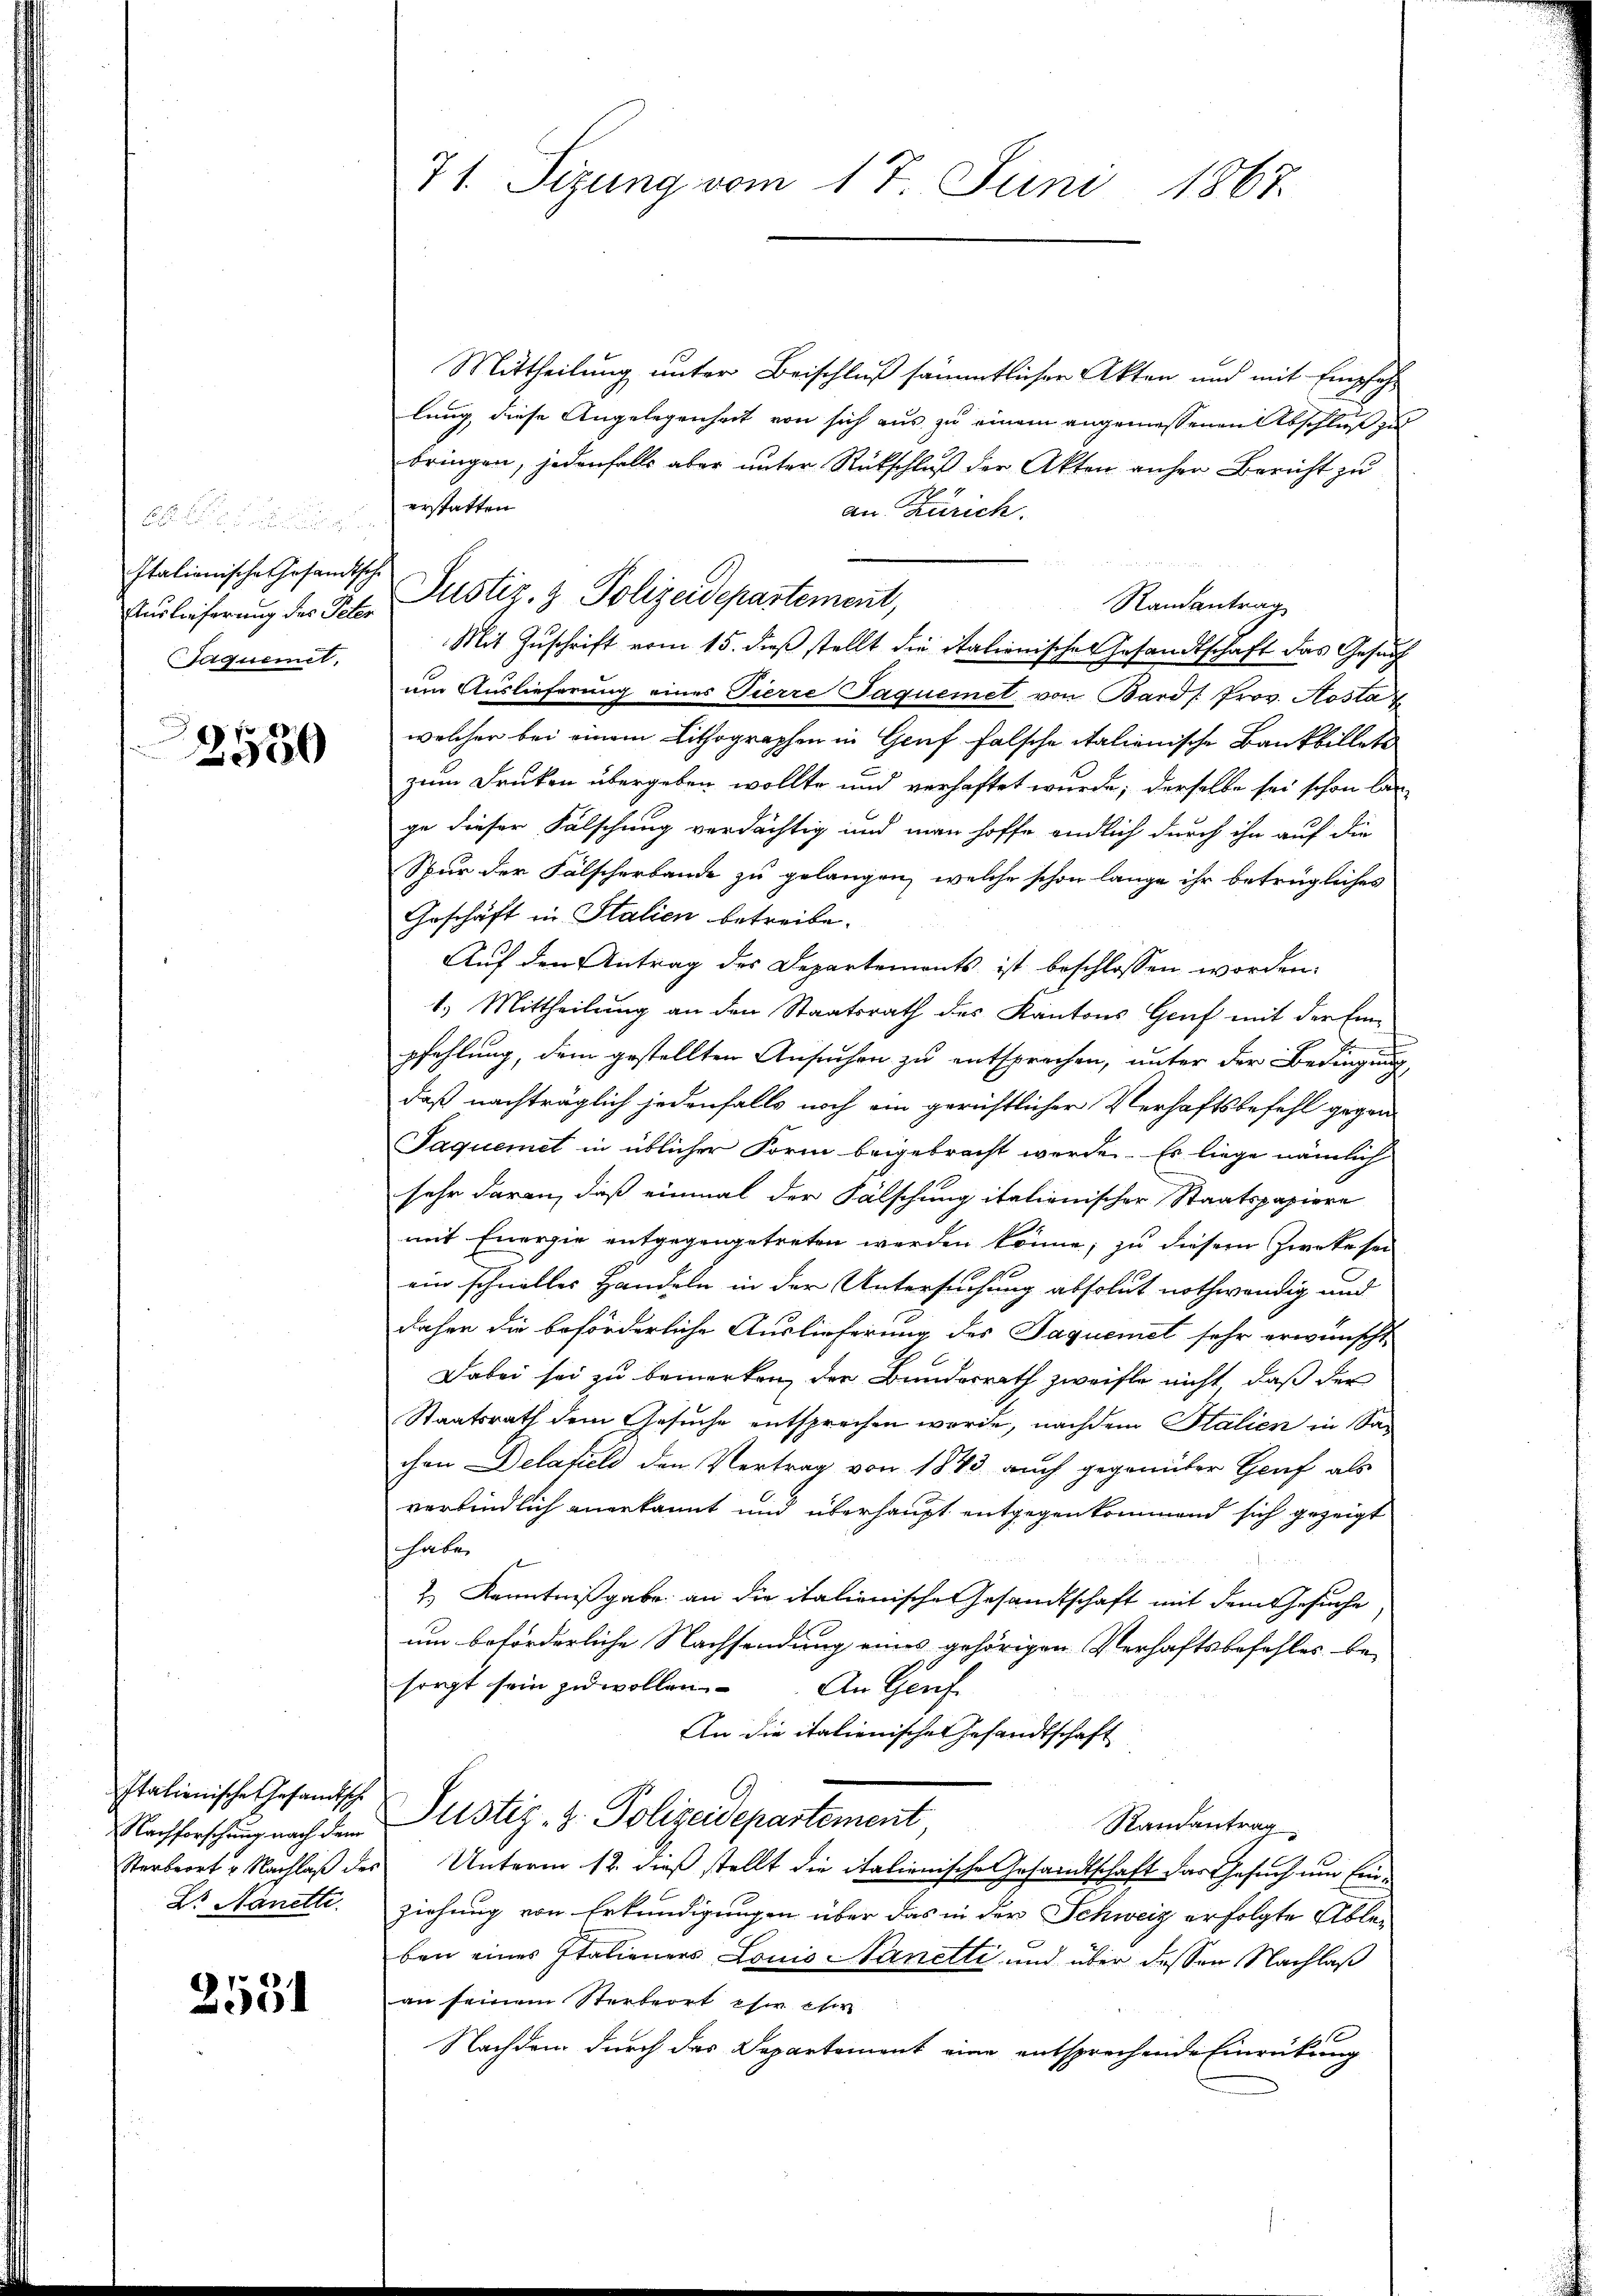
Italienische Gesandtsche
Taquemet.

2550

Italienische Gesandtsch
Dr. Nanette.

2531

71. Sizung vom 17. Juni 1867.

Mittheilung unter Beischluß sämmtlicher Akten und mit Empfehlung, diese Angelegenheit von sich aus zu einem angemessenen Abschluß zu
bringen, jedenfalls aber unter Rückschluß der Akten anher Bericht zu
erstatten
an Zürich.
Randantrag
Mit Zuschrift vom 15. dieß stellt die italienische Gesandtschaft das Gesuch
um Auslieferung eines Tierre Jaquemet von Bard/Prov. Kosta
welcher bei einem Lithographen in Genf falsche italienische Bankbillete
zum Druken übergeben wollte und verhaftet wurde; derselbe sei schon lan
ge dieser Fälschung verdächtig und man hoffe endlich durch ihn auf die
Spur der Fälscherbande zu gelangen, welche schon lange ihr betrügliches
Geschäft in Stalien betreibe.
Auf den Antrag des Departements ist beschlossen worden.
1.) Mittheilung an den Staatsrath des Kantons Genf mit der Einpfehlung, dem gestellten Ansuchen zu entsprochen, unter der Bedingung
daß nachträglich jedenfalls noch ein gerichtlicher Verhaftsbefehl gegen
Saquemet in üblicher Form beigebracht werde. Es liege nämlich
sehr daran, daß einmal der Fälschung italienischer Staatspapiere
mit Energie entgegengetreten werden könne, zu diesem Zwecke sei
ein schnelles Handeln in der Untersuchung absolut nothwendig und
daher die beförderliche Auslieferung des Jaquemet sehr erwünscht
Dabei sei zu bemerken, der Bundesrath zweifle nicht, daß der
Staatsrath dem Gesuche entsprechen worde, nachdem Stalien in Sachen Delatiel den Vertrag von 1843 auch gegenüber Genf als
verbindlich anerkannt und überhaupt entgegenkommend sich gezeigt
habe
2.) Kenntnißgabe an die italienische Gesandtschaft mit dem Gesuche
um beförderliche Nachsendung eines gehörigen Verhaftsbefehles be-
sorgt sein zu wollen. An Genf
An die italienische Gesandtschaft
Nachforschung nach den Justiz- & Polizeidepartement,
Randantrag
Sterbeort u. Nachlaß des Unterm 12. dieß stellt die italienische Gesandtschaft das Gesuch um Einziehung von Erkundigungen über das in der Schweiz erfolgte Ableben eines Italieners Louis anetti und über dessen Nachlaß
an seinem Sterbeort eher eher
Nachdem durch das Departement eine entsprechende Einrückung

Auslieferung des Joh. Justiz- & Polizeidepartement,